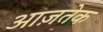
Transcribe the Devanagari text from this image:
आज़तेक